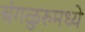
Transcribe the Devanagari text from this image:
बंगळुरुमध्ये